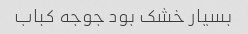
بسیار خشک بود جوجه کباب